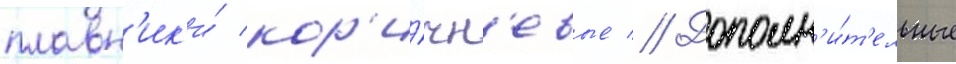
плавн'ик'и́ кор'и́чн'евые // Дополн'и́т'ельные